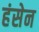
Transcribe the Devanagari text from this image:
हंसेन